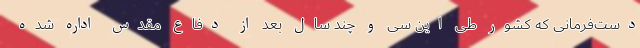
دست‌فرمانی که کشور طی این سی و چند سال بعد از دفاع مقدس اداره شده